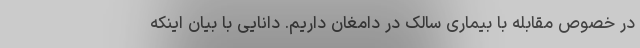
در خصوص مقابله با بیماری سالک در دامغان داریم. دانایی با بیان اینکه